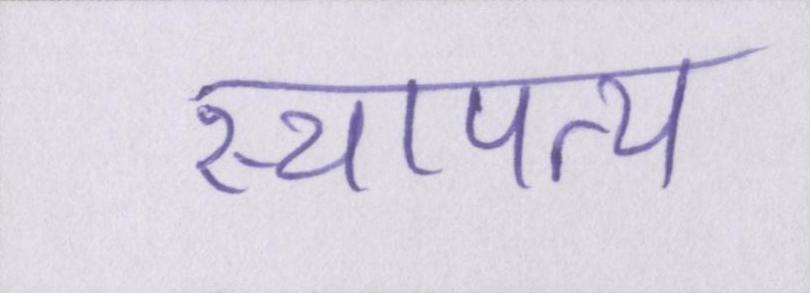
स्थापत्य